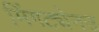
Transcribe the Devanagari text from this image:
मिंगट्येनउ